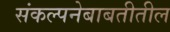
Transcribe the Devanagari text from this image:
संकल्पनेबाबतीतील